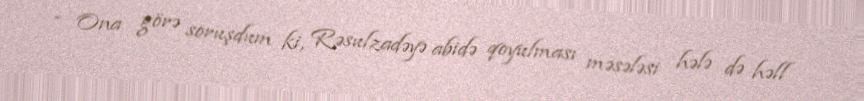
- Ona görə soruşdum ki, Rəsulzadəyə abidə qoyulması məsələsi hələ də həll